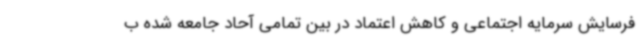
فرسایش سرمایه اجتماعی و کاهش اعتماد در بین تمامی آحاد جامعه شده ب